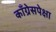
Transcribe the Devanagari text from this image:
काँग्रेसपेक्षा